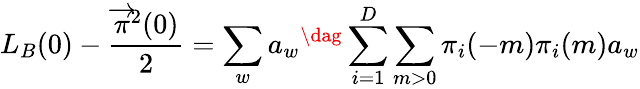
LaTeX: L_{B}(0)-\frac{{\overrightarrow{\pi}}^{2}(0)}{2}=\sum_{w}a_{w}{}^{\dag}\sum_{i=1}^{D}\sum_{m>0}\pi_{i}(-m)\pi_{i}(m)a_{w}